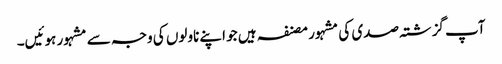
آپ گزشتہ صدی کی مشہور مصنفہ ہیں جو اپنے ناولوں کی وجہ سے مشہور ہوئیں۔